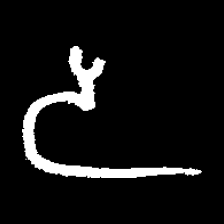
Pyu character \u2014 Myanmar letter: ဒ (romanized: da)